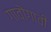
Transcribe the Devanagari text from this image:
गावॊगावी